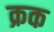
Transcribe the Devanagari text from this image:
क्रक